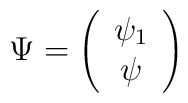
\Psi = \left(\begin{array}{c}\psi_{1}\\\psi\end{array}\right)